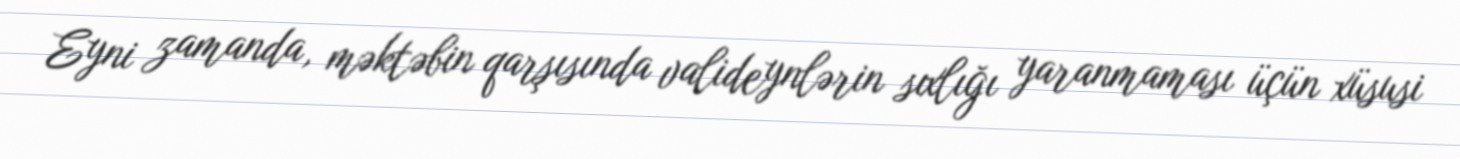
Eyni zamanda, məktəbin qarşısında valideynlərin sıxlığı yaranmaması üçün xüsusi